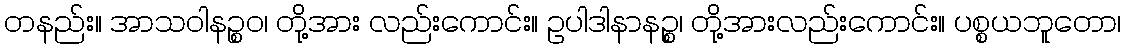
တနည်း။ အာသဝါနဉ္စဝ၊ တို့အား လည်းကောင်း။ ဥပါဒါနာနဉ္စ၊ တို့အားလည်းကောင်း။ ပစ္စယဘူတော၊